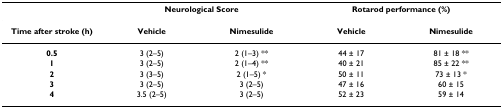
<table><thead><tr><td></td><td colspan="2"><b>Neurological Score</b></td><td colspan="2"><b>Rotarod performance (%)</b></td></tr></thead><tbody><tr><td><b>Time after stroke (h)</b></td><td><b>Vehicle</b></td><td><b>Nimesulide</b></td><td><b>Vehicle</b></td><td><b>Nimesulide</b></td></tr><tr><td><b>0.5</b></td><td>3 (2–5)</td><td>2 (1–3) **</td><td>44 ± 17</td><td>81 ± 18 **</td></tr><tr><td><b>1</b></td><td>3 (2–5)</td><td>2 (1–4) **</td><td>40 ± 21</td><td>85 ± 22 **</td></tr><tr><td><b>2</b></td><td>3 (3–5)</td><td>2 (1–5) *</td><td>50 ± 11</td><td>73 ± 13 *</td></tr><tr><td><b>3</b></td><td>3 (2–5)</td><td>3 (2–5)</td><td>47 ± 16</td><td>60 ± 15</td></tr><tr><td><b>4</b></td><td>3.5 (2–5)</td><td>3 (2–5)</td><td>52 ± 23</td><td>59 ± 14</td></tr></tbody></table>